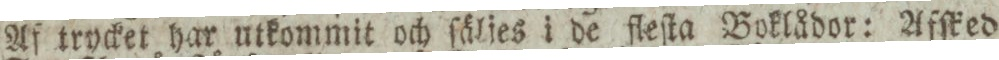
Af trycket har utkommit och ſäljes i de fleſta Boklådor: Afſked